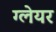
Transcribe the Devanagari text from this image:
ग्‍लेयर